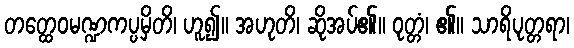
တတ္ထေဝမဏ္ဍကပ္ပမှိတိ၊ ဟူ၍။ အဟုတိ၊ ဆိုအပ်၏။ ဝုတ္တံ၊ ၏။ သာရိပုတ္တရာ၊